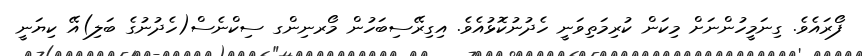
ފޯރައެވެ. ގިނަމީހުންނަށް މިކަން ކުރިމަތިވަނީ ހެދުނުކޮޅުއެވެ. އިގިރޭސިބަހުން މޯރނިންގ ސިކްނެސް(ހެދުނުގެ ބަލި)އޭ ކިޔަނީ